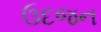
ઉદજન